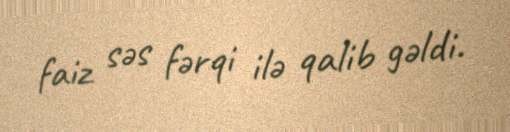
faiz səs fərqi ilə qalib gəldi.